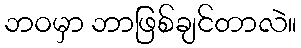
ဘဝမှာ ဘာဖြစ်ချင်တာလဲ။